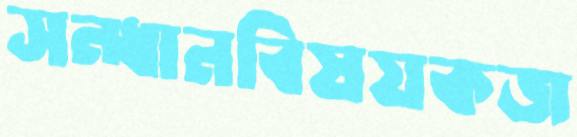
সন্ধানবিষয়কজ